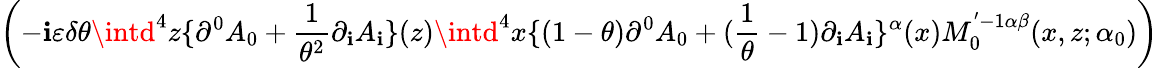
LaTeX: \left(-\mathbf{i}\varepsilon\delta\theta\intd^{4}z\{ \partial^{0}A_{0}+\frac{{1}}{{\theta^{2}}}\partial_{\mathbf{i}}A_{\mathbf{i}}\} (z)\intd^{4}x\{ (1-\theta)\partial^{0}A_{0}+(\frac{{1}}{{\theta}}-1)\partial_{\mathbf{i}}A_{\mathbf{i}}\} ^{\alpha}(x)M_{0}^{'-1\alpha\beta}(x,z;\alpha_{0})\right)